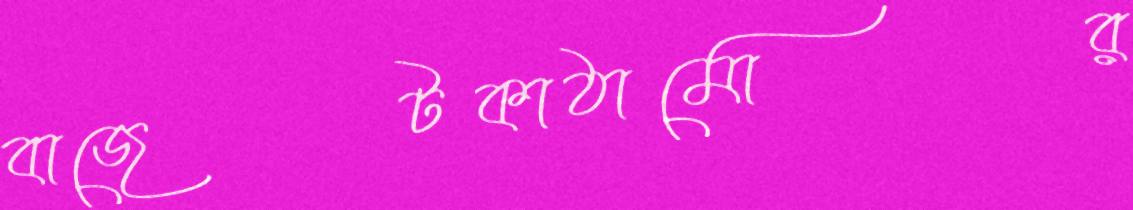
বাজেটকাঠামোর